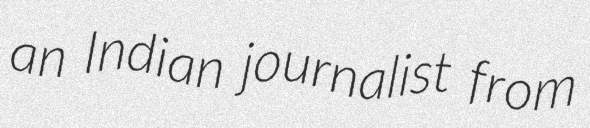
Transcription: an Indian journalist from